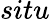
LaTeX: situ